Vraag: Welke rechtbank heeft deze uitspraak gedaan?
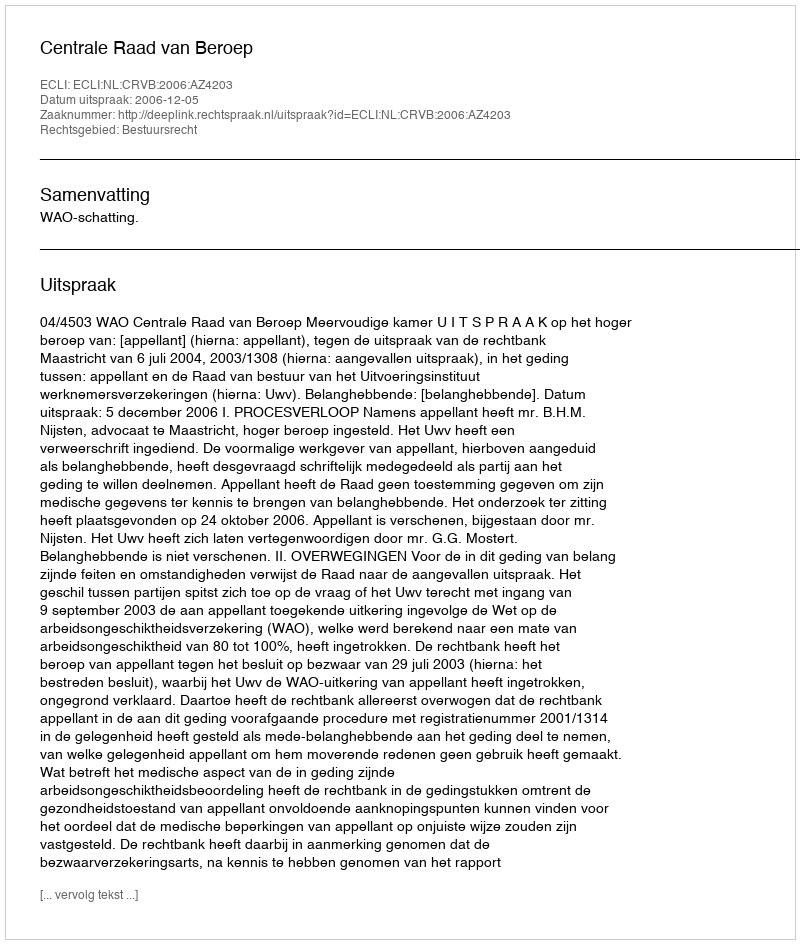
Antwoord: Centrale Raad van Beroep